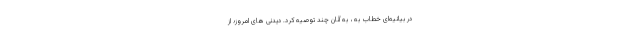
در بیانیه‌ای خطاب به ، به آنان چند توصیه کرد. دیدنی های امروز؛ از